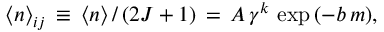
{ \langle n \rangle } _ { i j } \, \equiv \, { \langle n \rangle } \, / \, ( 2 J + 1 ) \, = \, A \, \gamma ^ { k } \, \exp { ( - b \, m ) } ,